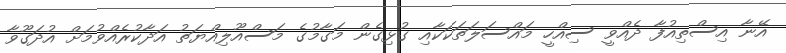
އޭނާ އިސްތިއުފާ ދެއްވީ ސިއްހީ މައްސަލަތަކަކާއި ގުޅިގެން މަގާމުގެ މަސްއޫލިއްޔަތު އަދާކުރެއްވުމަށް އުދަގޫވާ